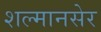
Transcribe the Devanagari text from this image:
शल्मानसेर